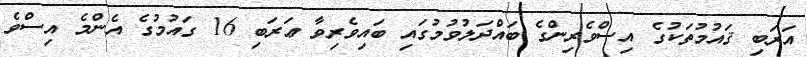
އަރަބި ޤައުމުތަކުގެ އިސްވެރިންގެ ބައްދަލުވުމުގައި ބައިވެރިވާ ޢަރަބި 16 ގައުމުގެ އެންމެ އިސްވެ